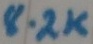
Text: 8.2K